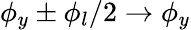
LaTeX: \phi_{y}\pm\phi_{l}/2\rightarrow\phi_{y}